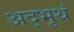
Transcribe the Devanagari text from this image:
अद्भूथं